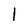
Character: 1